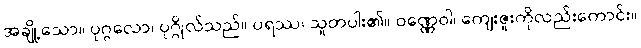
အချို့သော။ ပုဂ္ဂလော၊ ပုဂ္ဂိုလ်သည်။ ပရဿ၊ သူတပါး၏။ ဝဏ္ဏေဝါ၊ ကျေးဇူးကိုလည်းကောင်း။